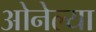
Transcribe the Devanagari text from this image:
ओनेल्या